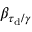
\beta _ { \ensuremath { \tau _ { \mathrm { d } } } / \gamma }